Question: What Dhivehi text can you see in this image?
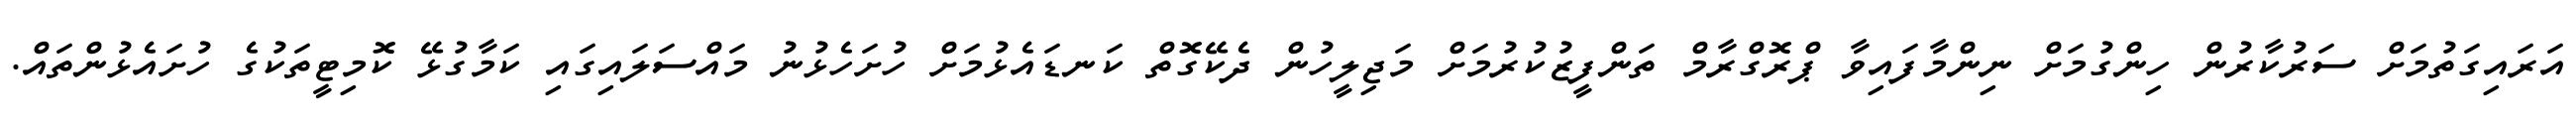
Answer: އަރައިގަތުމަށް ސަރުކާރުން ހިންގުމަށް ނިންމާފައިވާ ޕްރޮގްރާމް ތަންފީޒުކުރުމަށް މަޖިލީހުން ދެކޭގޮތް ކަނޑައެޅުމަށް ހުށަހެޅުނު މައްސަލައިގައި ކަމާގުޅޭ ކޮމިޓީތަކުގެ ހުށައެޅުންތައް.